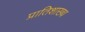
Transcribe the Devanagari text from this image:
प्रातिशाख्थ